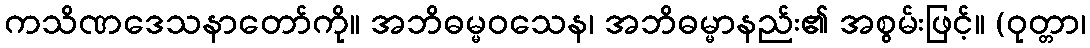
ကသိဏဒေသနာတော်ကို။ အဘိဓမ္မဝသေန၊ အဘိဓမ္မာနည်း၏ အစွမ်းဖြင့်။ (ဝုတ္တာ၊